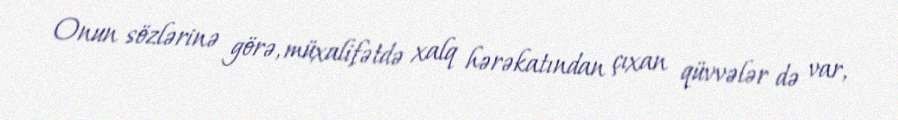
Onun sözlərinə görə, müxalifətdə xalq hərəkatından çıxan qüvvələr də var,